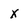
Character: X